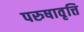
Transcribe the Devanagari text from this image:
परुषावृत्ति